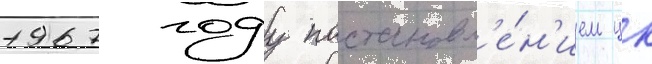
1967 году постановл'е́н'ием цк